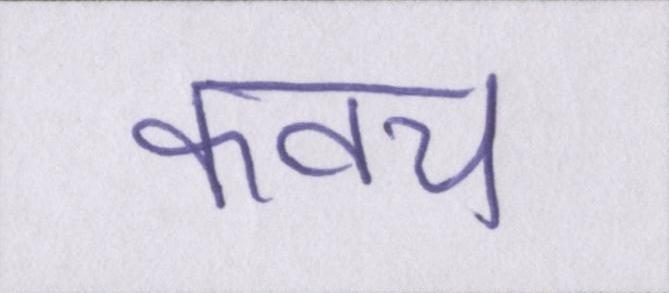
कवच